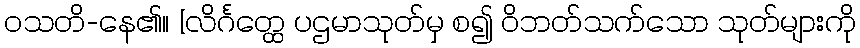
ဝသတိ-နေ၏။ [လိင်္ဂတ္ထေ ပဌမာသုတ်မှ စ၍ ဝိဘတ်သက်သော သုတ်များကို